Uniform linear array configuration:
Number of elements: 12
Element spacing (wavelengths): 0.75
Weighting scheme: uniform
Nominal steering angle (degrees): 45
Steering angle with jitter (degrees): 46.465
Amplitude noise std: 0.05
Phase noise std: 0.05

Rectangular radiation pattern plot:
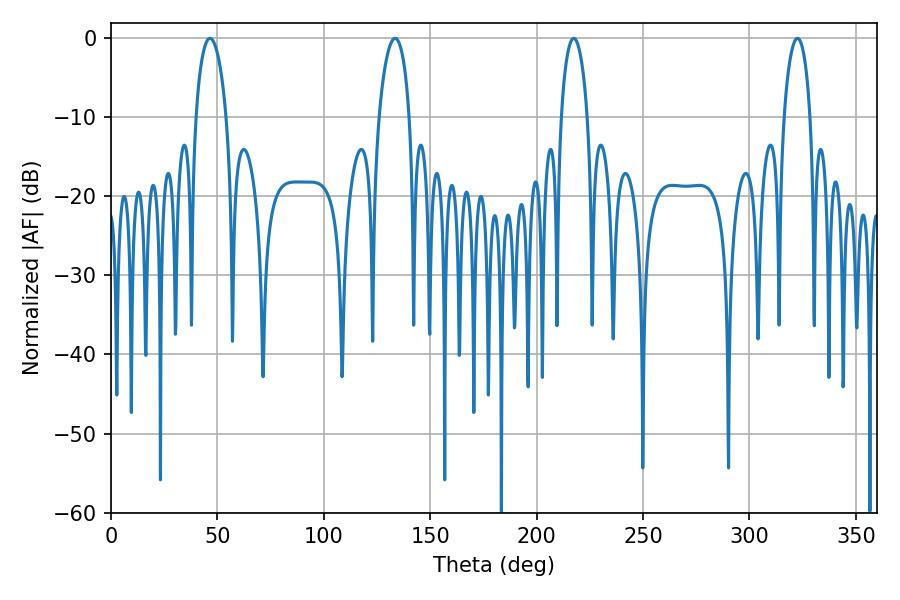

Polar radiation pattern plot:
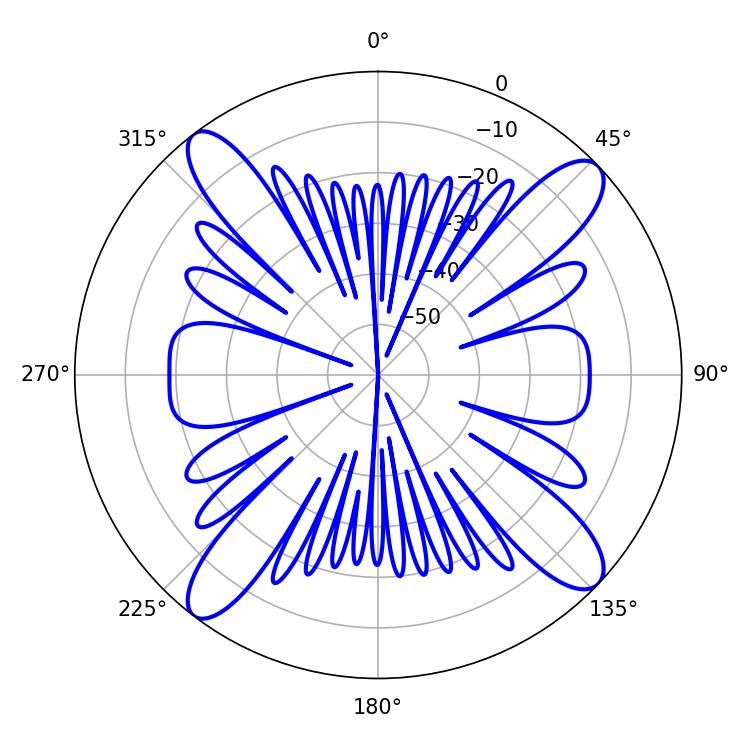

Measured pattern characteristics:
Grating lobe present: TRUE
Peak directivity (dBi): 15.15
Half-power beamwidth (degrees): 7.02
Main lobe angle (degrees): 322.56